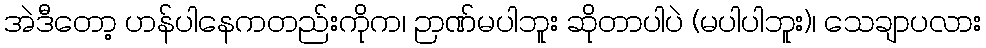
အဲဒီတော့ ဟန်ပါနေကတည်းကိုက၊ ဉာဏ်မပါဘူး ဆိုတာပါပဲ (မပါပါဘူး)၊ သေချာပလား